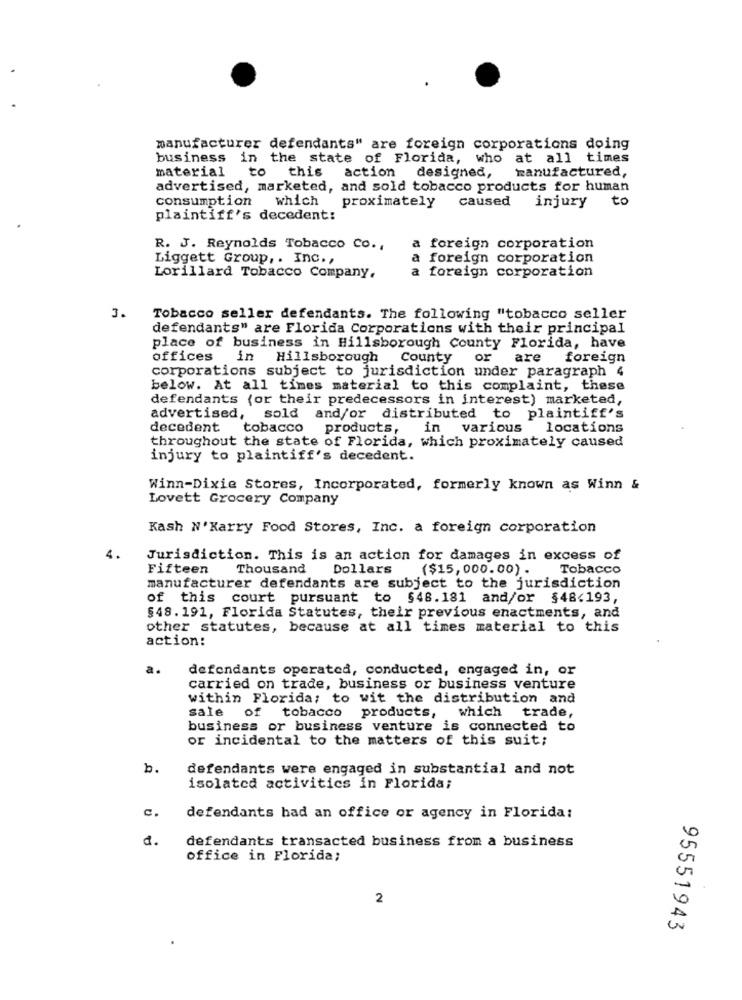
manufacturer defendants" are foreign corporations doing
business in the state of Florida, who at all times
material to
this
manufactured,
action designed,
advertised, marketed, and sold tobacco products for human
consumption
to
which proximately
caused
injury
plaintiff's decedent:
R. J. Reynolds Tobacco Co .,
a foreign corporation
Liggett Group ,. Inc .,
a foreign corporation
a foreign corporation
Lorillard Tobacco Company.
3.
Tobacco seller defendants. The following "tobacco seller
defendants" are Florida Corporations with their principal
place of business in Hillsborough County Florida, have
offices in Hillsborough County
or
are foreign
corporations subject to jurisdiction under paragraph 4
below. At all times material to this complaint, these
defendants (or their predecessors in interest) marketed,
advertised, sold and/or distributed to plaintiff's
decedent
tobacco
products,
in various
locations
throughout the state of Florida, which proximately caused
injury to plaintiff's decedent.
Winn-Dixie Stores, Incorporated, formerly known as Winn &
Lovett Grocery Company
Kash N'Karry Food Stores, Inc. a foreign corporation
4.
Jurisdiction. This is an action for damages in excess of
Fifteen Thousand
Dollars
($15,000.00) .
Tobacco
manufacturer defendants are subject to the jurisdiction
of this court pursuant to $48.181 and/or $48.193,
$48. 191, Florida Statutes, their previous enactments, and
other statutes, because at all times material to this
action:
a.
defendants operated, conducted, engaged in, or
carried on trade, business or business venture
within Florida; to wit the distribution and
sale
of tobacco products, which trade,
business or business venture is connected to
or incidental to the matters of this suit;
b.
defendants were engaged in substantial and not
isolated activities in Florida;
defendants had an office or agency in Florida:
d.
defendants transacted business from a business
office in Florida;
2
95551943